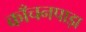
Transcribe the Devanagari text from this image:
काँचनपाड़ा